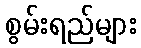
စွမ်းရည်များ